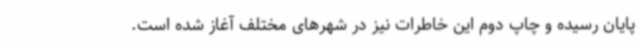
پایان رسیده و چاپ دوم این خاطرات نیز در شهرهای مختلف آغاز شده است.